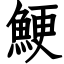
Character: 鯁